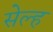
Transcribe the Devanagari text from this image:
सेल्‍ह